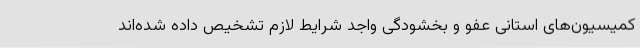
کمیسیون‌های استانی عفو و بخشودگی واجد شرایط لازم تشخیص داده شده‌اند